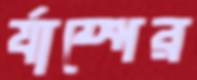
র‍্যাম্পের